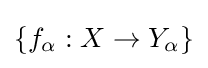
\{f_{\alpha }:X\to Y_{\alpha }\}